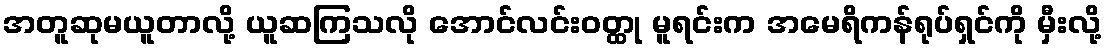
အတူဆုမယူတာလို့ ယူဆကြသလို အောင်လင်းဝတ္ထု မူရင်းက အမေရိကန်ရုပ်ရှင်ကို မှီးလို့